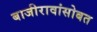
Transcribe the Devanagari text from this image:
बाजीरावांसोबत